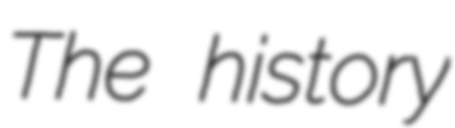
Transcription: The history